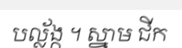
បល្ល័ង្ក ។ ស្នាម ជីក